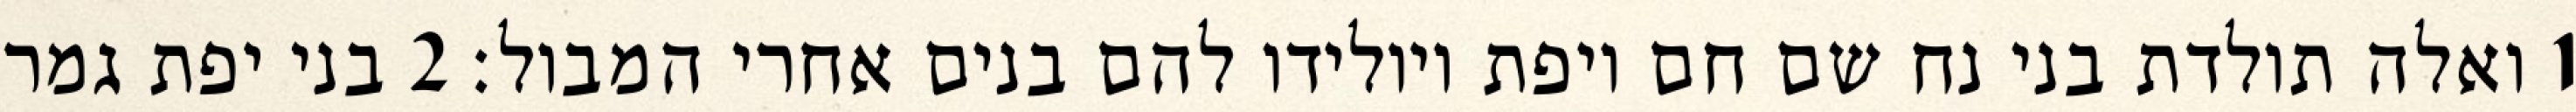
1 ואלה תולדת בני נח שם חם ויפת ויולידו להם בנים אחרי המבול׃ ‎2‏ בני יפת גמר